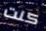
كنت